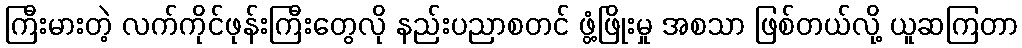
ကြီးမားတဲ့ လက်ကိုင်ဖုန်းကြီးတွေလို နည်းပညာစတင် ဖွံ့ဖြိုးမှု အစသာ ဖြစ်တယ်လို့ ယူဆကြတာ